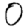
Digit: 0